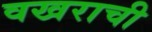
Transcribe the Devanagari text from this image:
वखराची